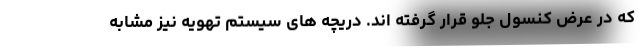
که در عرض کنسول جلو قرار گرفته اند. دریچه های سیستم تهویه نیز مشابه